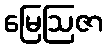
မြေဩဇာ